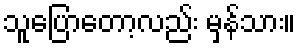
သူပြောတော့လည်း မှန်သား။